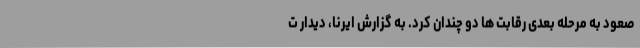
صعود به مرحله بعدی رقابت ها دو چندان کرد. به گزارش ایرنا، دیدار ت